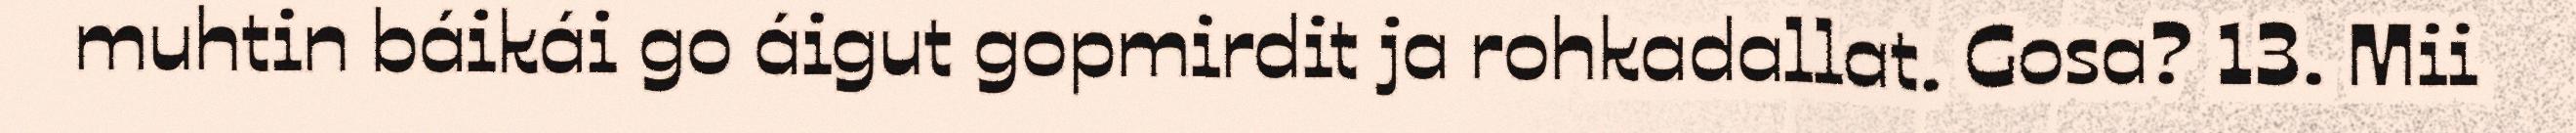
muhtin báikái go áigut gopmirdit ja rohkadallat. Gosa? 13. Mii